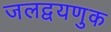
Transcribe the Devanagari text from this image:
जलद्वयणुक